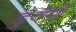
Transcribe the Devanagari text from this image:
डुवेगो